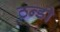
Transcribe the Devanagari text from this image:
ठन्डी